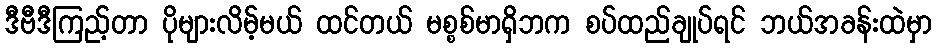
ဒီဗီဒီကြည့်တာ ပိုများလိမ့်မယ် ထင်တယ် မစ္စစ်မာရှိဘက စပ်ထည်ချုပ်ရင် ဘယ်အခန်းထဲမှာ